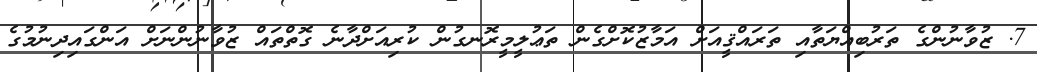
7. ޒުވާނުންގެ ތަރުބިއްޔަތާއި ތަރައްޤީއަށް އަމާޒުކޮށްގެން ތަޢުލީމީރޮނގުން ކުރިއަށްދާނެ ގޮތްތައް ޒުވާނުންނަށް އަންގައިދިނުމުގެ